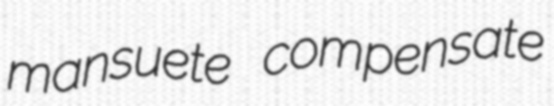
mansuete compensate